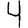
Digit: 4